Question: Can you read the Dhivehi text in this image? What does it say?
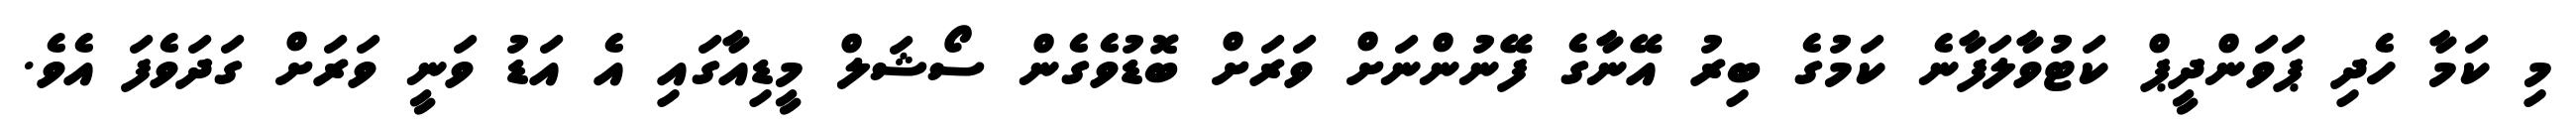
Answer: މި ކަމާ ހެދި ޕަވަންދީޕް ކަޓުވާލަފާނެ ކަމުގެ ބިރު އޭނާގެ ފޭނުންނަށް ވަރަށް ބޮޑުވެގެން ސޯޝަލް މީޑިއާގައި އެ އަޑު ވަނީ ވަރަށް ގަދަވެފަ އެވެ.